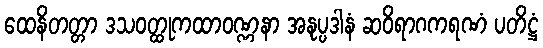
ထေနိတတ္တာ ဒသဝတ္ထုကထာဝဏ္ဏနာ အနုပ္ပဒါနံ ဆဝိရာဂကရဏံ ပတိဋ္ဌံ